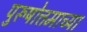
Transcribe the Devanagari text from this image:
पुरूषोत्तमाच्या